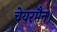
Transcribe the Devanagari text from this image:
चेयरमैन।